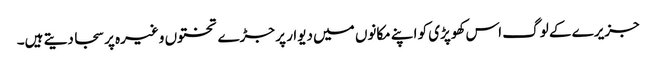
جزیرے کے لوگ اس کھوپڑی کو اپنے مکانوں میں دیوار پر جڑے تختوں وغیرہ پر سجا دیتے ہیں۔